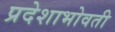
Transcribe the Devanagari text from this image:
प्रदेशाभोवती